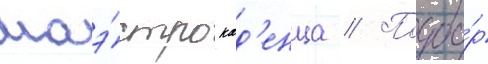
маэ́стро кад'енца // Подбо́р